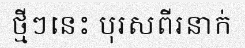
ថ្មីៗនេះ បុរសពីរនាក់